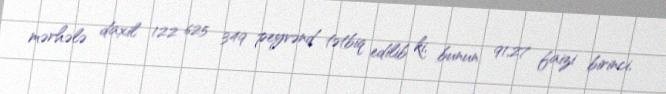
mərhələ daxil 122 625 349 peyvənd tətbiq edilib ki, bunun 91,27 faizi birinci,